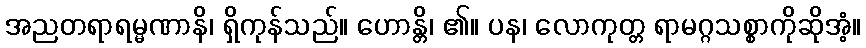
အညတရာရမ္မဏာနိ၊ ရှိကုန်သည်။ ဟောန္တိ၊ ၏။ ပန၊ လောကုတ္တ ရာမဂ္ဂသစ္စာကိုဆိုအံ့။